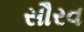
સૌરવ